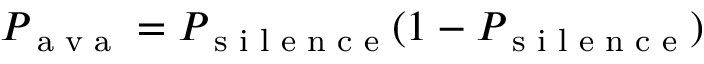
P _ { \textrm { a v a } } = P _ { \textrm { s i l e n c e } } ( 1 - P _ { \textrm { s i l e n c e } } )